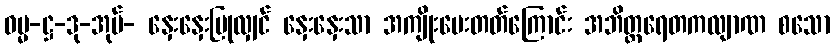
ဓမ္မ-ဋ္ဌ-ဒု-အုပ်- နှေးနှေးပြုလျှင် နှေးနှေးသာ အကျိုးပေးတတ်ကြောင်း အဘိတ္ထရေတကလျာဏ စသော